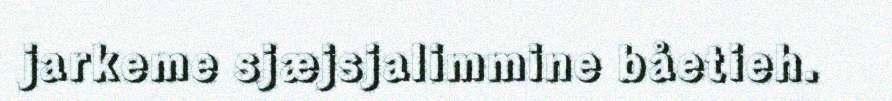
jarkeme sjæjsjalimmine båetieh.